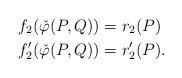
LaTeX: \begin{align*}f_2(\check{\varphi}(P,Q)) &=r_2(P)\\f_2'(\check{\varphi}(P,Q)) &=r'_2(P).\end{align*}